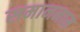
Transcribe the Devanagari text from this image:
समाननाम